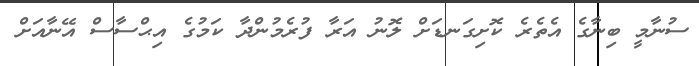
ސުނާމީ ބިނާގެ އެތެރެ ކޮށިގަނޑަށް ލޮނު އަރާ ފުރެމުންދާ ކަމުގެ އިޙްސާސް އޭނާއަށް